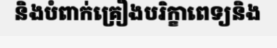
និងបំពាក់គ្រឿងបរិក្ខាពេទ្យនិង